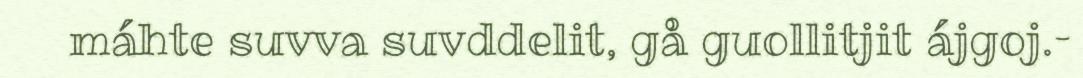
máhte suvva suvddelit, gå guollitjit ájgoj.–